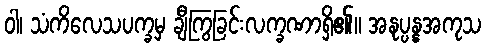
ဝါ၊ သံကိလေသပက္ခမှ ချီကြွခြင်းလက္ခဏာရှိ၏။ အနုပ္ပန္နအကုသ